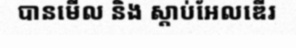
បានមើល និង ស្តាប់អែលឌើរ